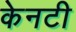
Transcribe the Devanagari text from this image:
केनटी